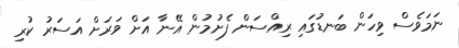
ނަމަވެސް ވިހަން ބަނޑުގައި ރިއްސަން ފެށުމުން އޭނާ އަށް ވަރަށް އަސަރު ކުރި